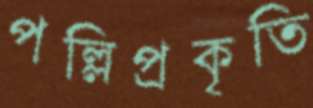
পল্লিপ্রকৃতি